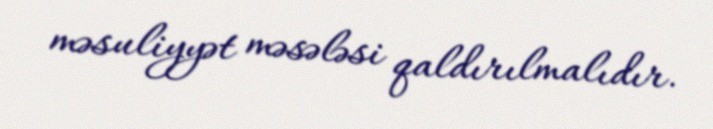
məsuliyyət məsələsi qaldırılmalıdır.